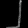
Digit: ၂